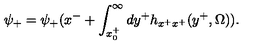
\psi _ { + } = \psi _ { + } ( x ^ { - } + \int _ { x _ { 0 } ^ { + } } ^ { \infty } d y ^ { + } h _ { x ^ { + } x ^ { + } } ( y ^ { + } , \Omega ) ) .